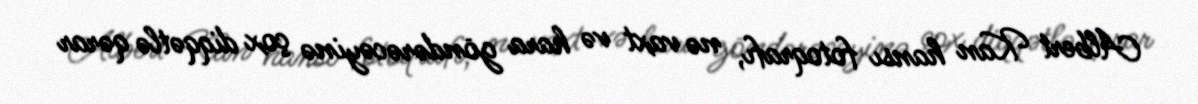
Albert Kan hansı fotoqrafı, nə vaxt və hara göndərəcəyinə çox diqqətlə qərar